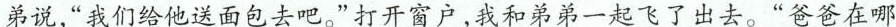
弟说，“我们给他送面包去吧。”打开窗户，我和弟弟一起飞了出去。“爸爸在哪